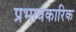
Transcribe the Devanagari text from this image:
प्रभावकारिक